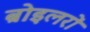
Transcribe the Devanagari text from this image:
ब्रोइलरों